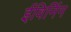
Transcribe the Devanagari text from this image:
ईविनिंग